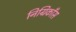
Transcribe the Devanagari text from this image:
निग्रिकाँस